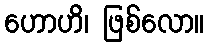
ဟောဟိ၊ ဖြစ်လော။